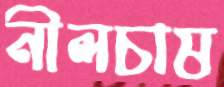
নীলচাষ